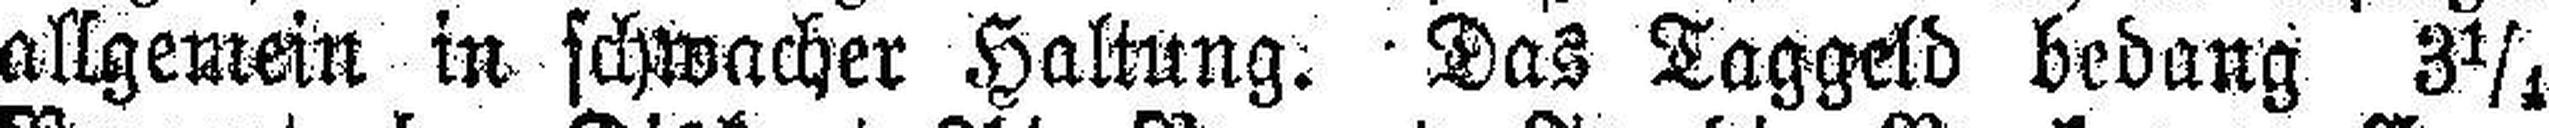
allgemein in schwacher Haltung. Das Taggeld bedang 3¼